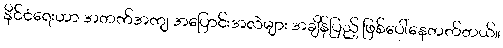
နိုင်ငံရေးဟာ အတက်အကျ အပြောင်းအလဲများ အချိန်ပြည့် ဖြစ်ပေါ်နေတတ်တယ်။